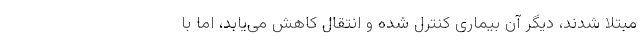
مبتلا شدند، دیگر آن بیماری کنترل شده و انتقال کاهش می‌یابد، اما با